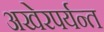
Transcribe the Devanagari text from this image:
अखेरपर्यन्त